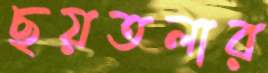
ছয়তলার